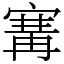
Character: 㝤